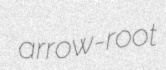
arrow-root